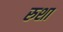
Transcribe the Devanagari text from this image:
रुशा